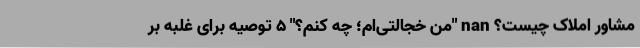
مشاور املاک چیست؟ nan "من خجالتی‌ام؛ چه کنم؟" 5 توصیه برای غلبه بر